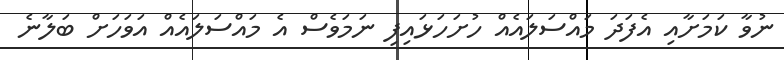
ނުވާ ކަމަށާއި އެފަދަ މައްސަލައެއް ހުށަހަޅައިފި ނަމަވެސް އެ މައްސަލައެއް އަވަހަށް ބަލާނެ